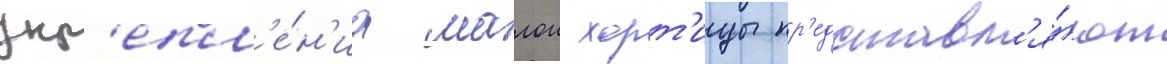
укр'епл'е́н'иа малои хорт'ицы пр'едставл'я́ют